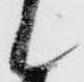
候